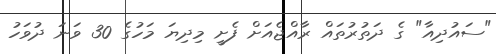
"ސައުދިއާ" ގެ ދަތުރުތައް ރާއްޖެއަށް ފެށީ މިދިޔަ މަހުގެ 30 ވަނަ ދުވަހު